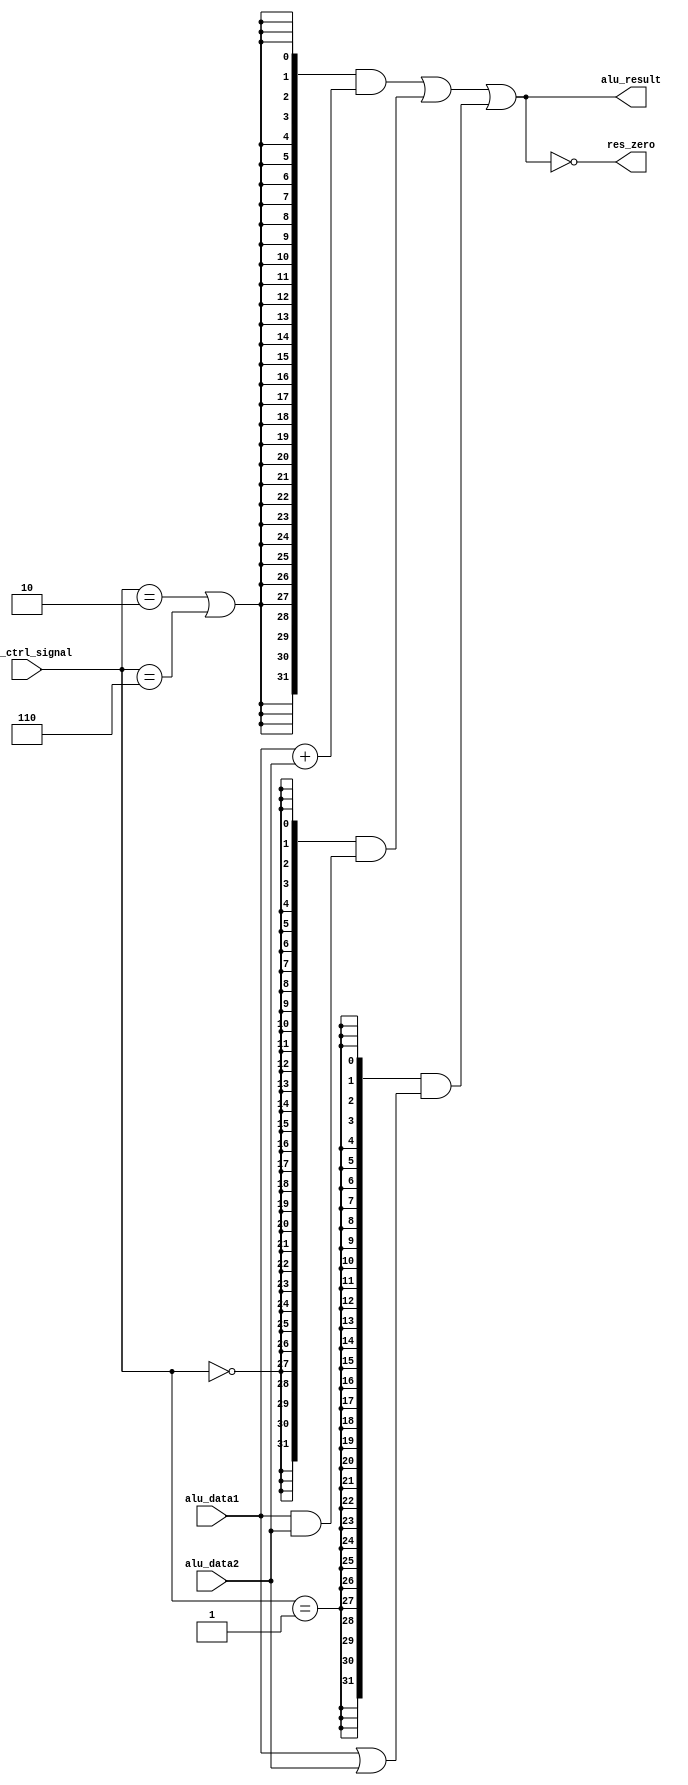
//////////////////////////////////////
//  LastEditTime: 2022-02-06 20:11:13
//  LastEditors: YiBo Zhang
//  Description: this is firebird alu
//  
//////////////////////////////////////

module firebird_alu (
  input [31:0] alu_data1,
  input [31:0] alu_data2,
  input [3:0] alu_ctrl_signal,
  output [31:0] alu_result,
  output res_zero
);
  
wire op_add;
wire op_sub;
wire op_and;
wire op_or;

// define the operator type
assign op_add = (alu_ctrl_signal == 4'b0010);
assign op_sub = (alu_ctrl_signal == 4'b0110);
assign op_and = (alu_ctrl_signal == 4'b0000);
assign op_or = (alu_ctrl_signal == 4'b0001);

// define mid-cal result 
// use for follow assign
wire [31:0] add_sub_result;
wire [31:0] and_result;
wire [31:0] or_result;

// TODO ignore sub and carry
assign add_sub_result = alu_data1 + alu_data2;
assign and_result = alu_data1 & alu_data2;
assign or_result = alu_data1 | alu_data2;


assign alu_result = ({32{op_add | op_sub}} & add_sub_result)
                  | ({32{op_and}} & and_result)
                  | ({32{op_or}} & or_result);

// output zero for beq and other
assign res_zero = (alu_result == 32'b0);

endmodule